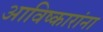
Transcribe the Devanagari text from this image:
आविष्कारांना